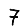
Digit: 7